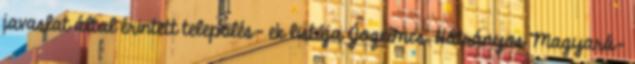
javaslat által érintett település- ek listája Jogcímcs. Hátrányos Magyará-